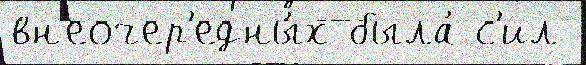
вн'еочер'едны́х была́ с'ил